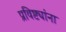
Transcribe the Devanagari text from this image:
प्रविष्ट्यांना